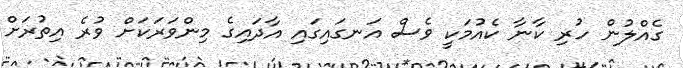
ގެއްލުން ހުުރި ކާނާ ކެއުމަކީ ވެސް އަނގައިގައި އާދައިގެ މިންވަރަކަށް ވުރެ އިތުރަށް